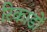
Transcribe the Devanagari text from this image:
रिकाडों